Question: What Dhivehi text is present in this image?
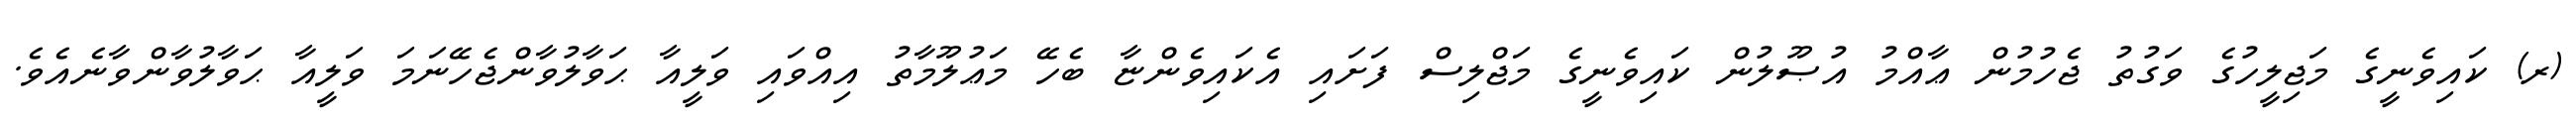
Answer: (ރ) ކައިވެނީގެ މަޖިލީހުގެ ވަގުތު ޖެހުމުން ޢާއްމު އުޞޫލުން ކައިވެނީގެ މަޖްލިސް ފަށައި އެކައިވެންޏާ ބެހޭ މަޢުލޫމާތު އިއްވައި ވަލީއާ ޙަވާލުވާންޖެހޭނަމަ ވަލީއާ ޙަވާލުވާންވާނެއެވެ.